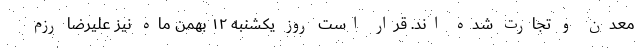
معدن و تجارت شده اند. قرار است روز یکشنبه ۱۲ بهمن ماه نیز علیرضا رزم